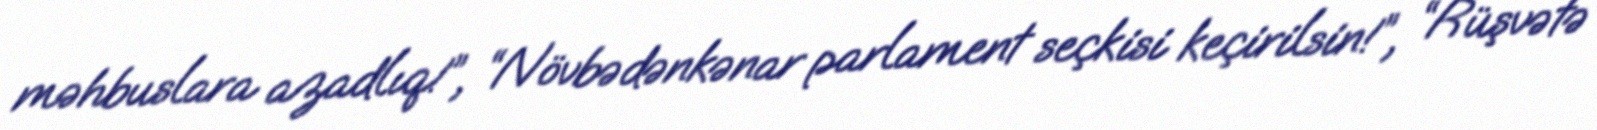
məhbuslara azadlıq!”, “Növbədənkənar parlament seçkisi keçirilsin!”, “Rüşvətə